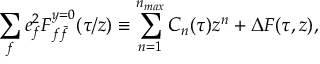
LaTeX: \sum _ { f } e _ { f } ^ { 2 } { \cal F } _ { f \bar { f } } ^ { y = 0 } ( \tau / z ) \equiv \sum _ { n = 1 } ^ { n _ { m a x } } C _ { n } ( \tau ) z ^ { n } + \Delta { \cal F } ( \tau , z ) ,